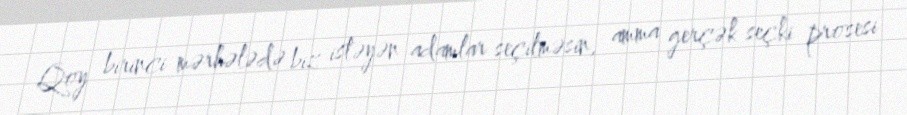
Qoy birinci mərhələdə biz istəyən adamlar seçilməsin, amma gerçək seçki prosesi